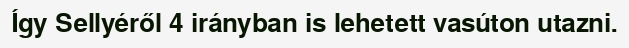
Így Sellyéről 4 irányban is lehetett vasúton utazni.